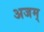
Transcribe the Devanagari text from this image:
अजम्